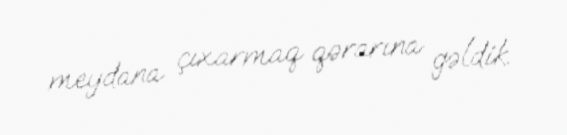
meydana çıxarmaq qərarına gəldik.